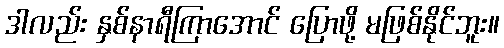
ဒါလည်း နှစ်နာရီကြာအောင် ပြောဖို့ မဖြစ်နိုင်ဘူး။